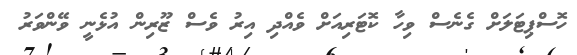
ހޮސްޕިޓަލަށް ގެނެސް ވިހާ ކޮޓަރިއަށް ވެއްދި އިރު ވެސް ޒޫރިން އުޅެނީ ވޭންވަރު